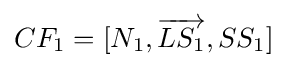
CF_{1}=[N_{1},{\overrightarrow {LS_{1}}},SS_{1}]